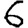
Digit: 6